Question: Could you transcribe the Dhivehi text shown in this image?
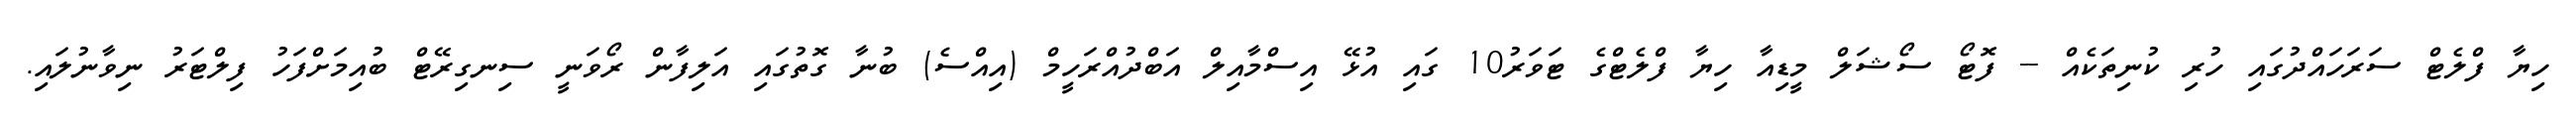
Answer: ހިޔާ ފްލެޓް ސަރަހައްދުގައި ހުރި ކުނިތަކެއް -- ފޮޓޯ ސޯޝަލް މީޑިއާ ހިޔާ ފްލެޓްގެ ޓަވަރު10 ގައި އުޅޭ އިސްމާއިލް އަބްދުއްރަހީމް (އިއްސެ) ބުނާ ގޮތުގައި އަލިފާން ރޯވަނީ ސިނގިރޭޓް ބުއިމަށްފަހު ފިލްޓަރު ނިވާނުލައި.